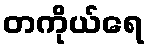
တကိုယ်ရေ